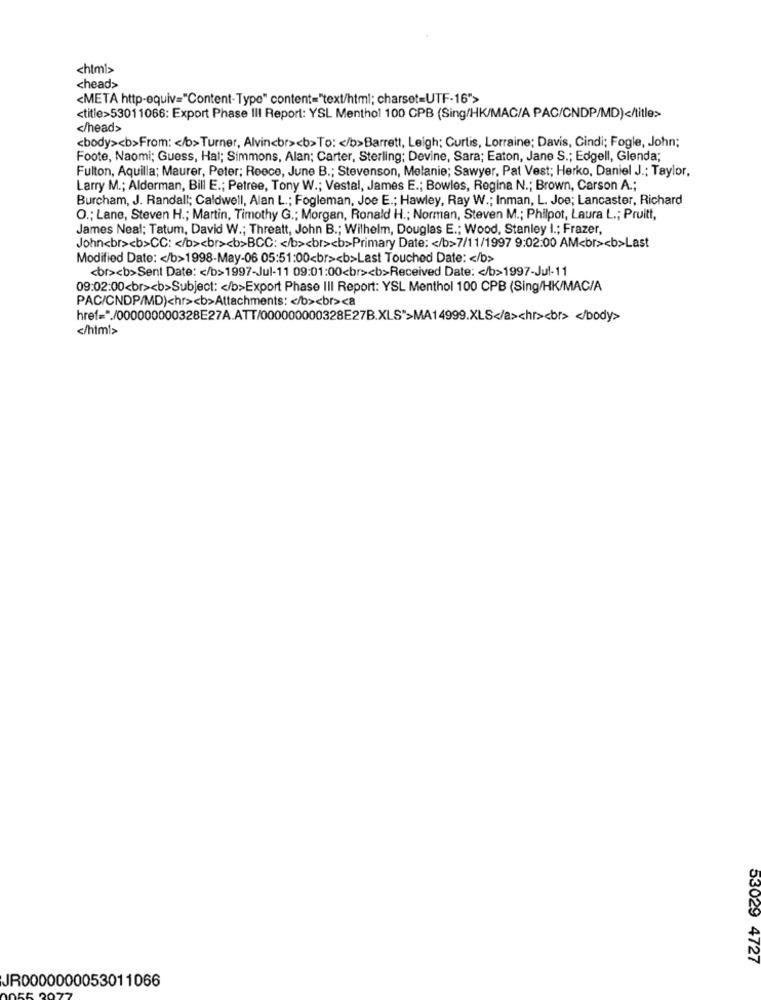
<html>
<head>
<META http-equiv="Content-Type" content="text/html; charset=UTF-16">
<title>53011066: Export Phase III Report: YSL Menthol 100 CPB (Sing/HK/MAC/A PAC/CNDP/MD)</title>
</head>
<body><b>From: < /b>Turner, Alvin<br><b>To: < /b>Barrett, Leigh; Curtis, Lorraine; Davis, Cindi; Fogle, John;
Foote, Naomi; Guess, Hal; Simmons, Alan; Carter, Sterling; Devine, Sara; Eaton, Jane S .; Edgell, Glenda;
Fulton, Aquilla; Maurer, Peter; Reece, June B .; Stevenson, Melanie; Sawyer, Pat Vest; Herko, Daniel J .; Taylor,
Larry M .; Alderman, Bill E .; Petree, Tony W .; Vestal, James E .; Bowles, Regina N .; Brown, Carson A .;
Burcham, J. Randall; Caldwell, Alan L .; Fogleman, Joe E .; Hawley, Ray W .; Inman, L. Joe; Lancaster, Richard
O .; Lane, Steven H .; Martin, Timothy G .; Morgan, Ronald H .; Norman, Steven M .; Philpot, Laura L .; Pruitt,
James Neal; Tatum, David W .; Threatt, John B .; Wilhelm, Douglas E .; Wood, Stanley I .; Frazer,
John<br><b>CC: < /b><br><b>BCC: < /b><br><b>Primary Date: < /b>7/11/1997 9:02:00 AM<br><b>Last
Modified Date: < /b>1998-May-06 05:51:00<br><b>Last Touched Date: < /b>
<br><b>Sent Date: < /b>1997-Jul-11 09:01:00<br><b>Received Date: < /b>1997-Jul-11
09:02:00<br><b>Subject: < /b>Export Phase III Report: YSL Menthol 100 CPB (Sing/HK/MAC/A
PAC/CNDP/MD)chr><b>Attachments: < /b><br><a
href="./000000000328E27A.ATT/000000000328E27B.XLS">MA14999.XLS</a><hr><br> </body>
</html>
53029 4727
JR0000000053011066